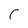
Character: C